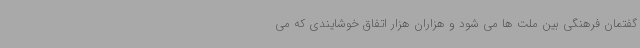
گفتمان فرهنگی بین ملت ها می شود و هزاران هزار اتفاق خوشایندی که می